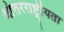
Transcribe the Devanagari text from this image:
आंतरराष्ट्रीयता